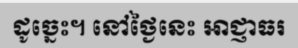
ដូច្នេះ។ នៅថ្ងៃនេះ អាជ្ញាធរ